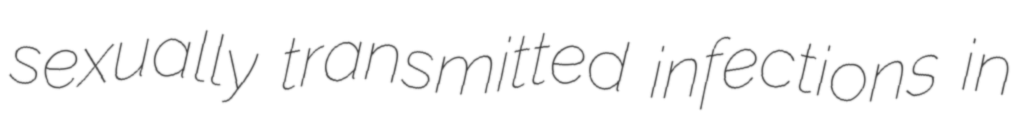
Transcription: sexually transmitted infections in